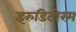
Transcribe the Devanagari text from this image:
इरुडिटोरम